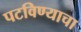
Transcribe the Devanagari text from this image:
पटविण्याचा